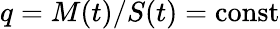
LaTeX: q=M(t)/S(t)=\mathrm{const}